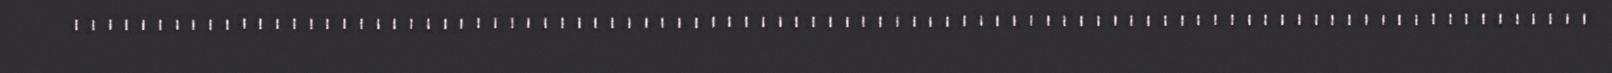
...........................................................................................